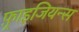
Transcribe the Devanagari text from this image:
फ़्राइजियन्स